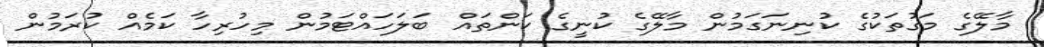
މާލޭގެ މަގުތަކުގެ ކުނިނަގަމުން މާލޭގެ ކުނީގެ ކަންތައް ބަލަހައްޓަމުން މިހުރިހާ ކަމެއް ކުރަމުން